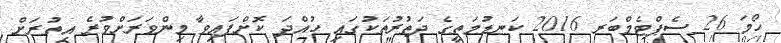
ހޯމަ 26 ސެޕްޓެމްބަރ 2016 ކަނޑުމަތީގެ ދަތުރުތަކުގައި ހުއްދަ ކޮށްފައިވާ މިންވަރަށްވުރެ އިތުރަށް